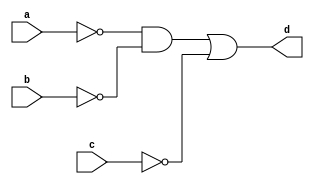
`timescale 1ns / 1ps

module bool2_a(
input a,b,c,
output d
    );
assign d = ((~a)&(~b))|(~c);
endmodule